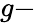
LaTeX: g-